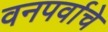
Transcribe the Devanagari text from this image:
वनपर्वाचे